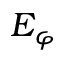
E _ { \varphi }